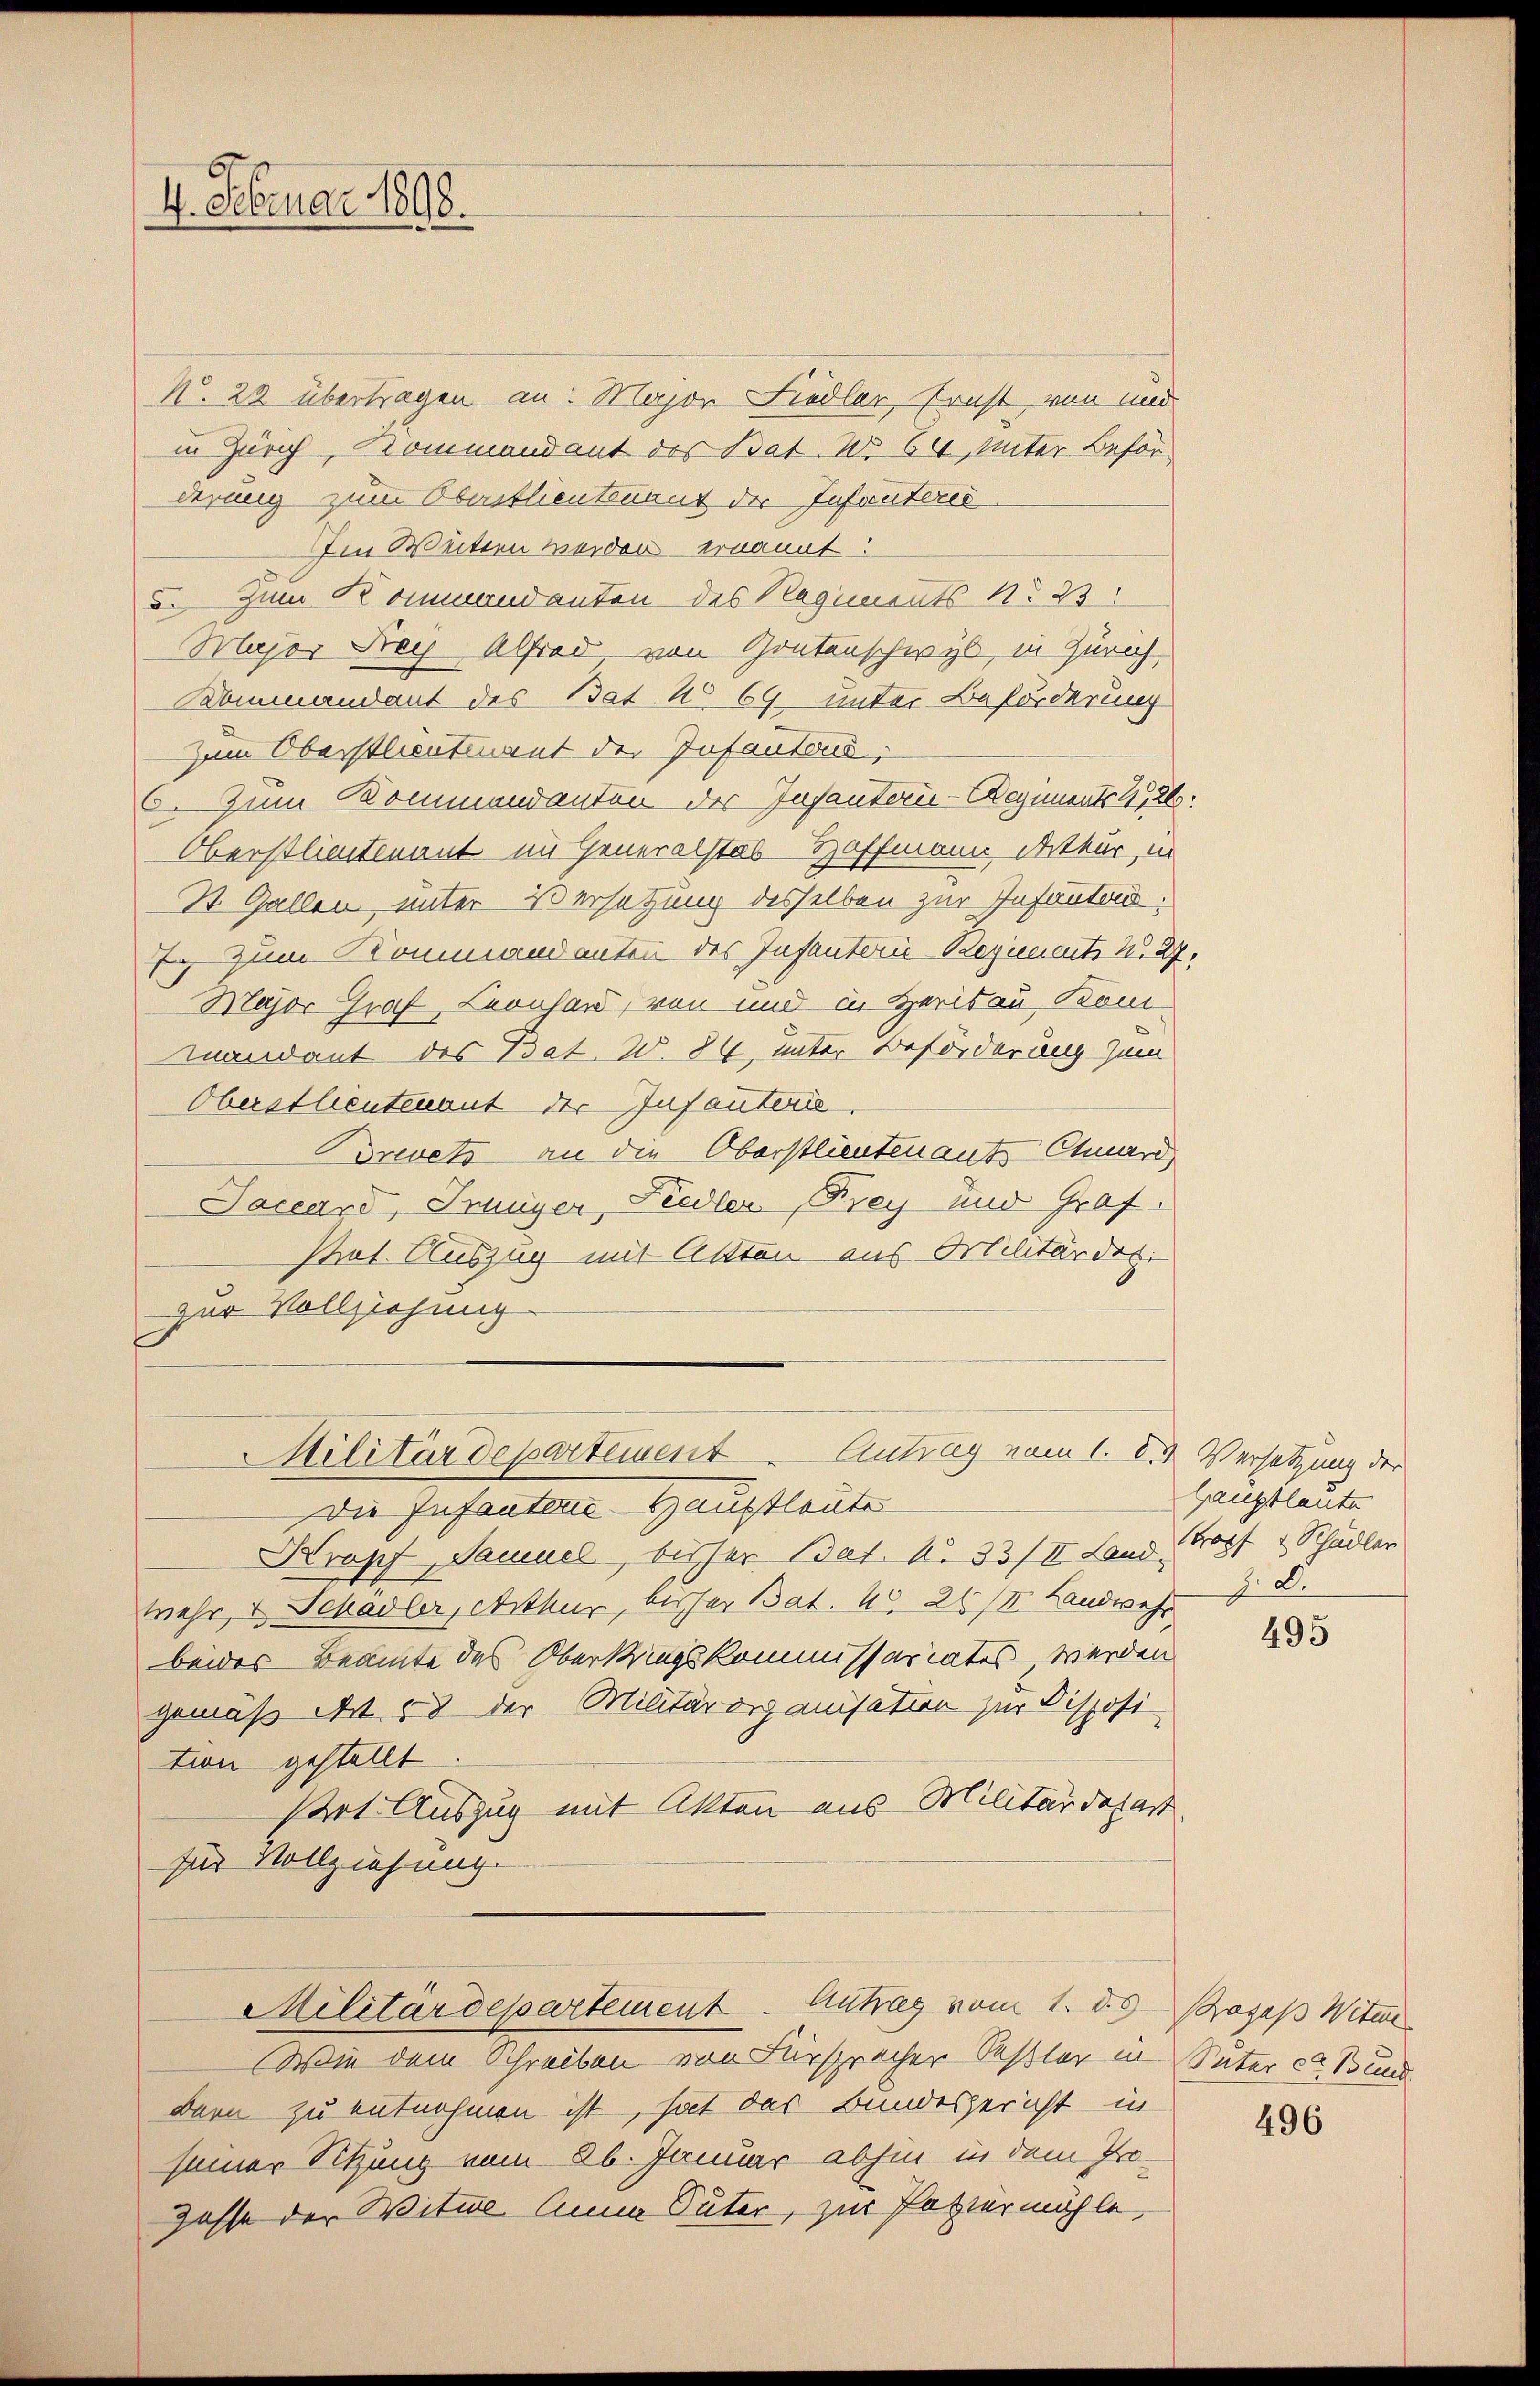
4. Februar 1898.

N. 22 übertragen an: Major Liedler, Ernst von und
in Zürich, Kommandant des Bat. No 64, unter Beförderung zum Oberstlieutnant der Infantend
Im Weitern werden ernannt:
5. Zum Kommandanten des Regiments No 23.
Major Frach Alfred, von Gontenschwyl, in Zürich
Kommandant des Bat. No 69 unter Beförderung
zum Oberstlieutnant der Infantend,
6. Zum Kommandanton der Insantern-Regiments 4,26:
Oberstlieutenant im Generalstab Hoffmann Arthur, in
St. Gallen unter Versetzung desselben zur Infanten:
7 zum Kommandanten des Infanterie-Beziements u. 27.
Major Graf Leonhard, von und in Herisau Boni¬
Mandant des Bat. W. 84, unter Beförderung zum
Oberstlieutenant der Infanteris
Brevets an die Oberstlieutenant Chuard,
Jaceand, Junyer, Fiedler Krey und Graf.
strat. Auszug mit Akten aus Militärder.
zur Vollziehung
Militärdepartement Antrag vom 1. XI. Versetzung der
Die Infanten Hauptleute
Kropf, Samuel, bisher Bat. No 33/II. Land Kopf & Schädler
Mehr, u. Schadler, Arthur, bisher Bat. 20. 261. Landwehr
beides Beamte des Oberkriegskommissariates, werden
gemäß Art. 58 der Militärorganisation zur Disposi
tion gestellt
Ptrt Auszug mit Akten aus Militärdepart
für Vollziehung.
Militärdepartement Antrag vom 1. d. d. Prages Witw
Wie dem Schreiben von Fürsprecher Seßler in Vater der Bund
Bern zu entnehmen ist, hat das Bundesgericht in
seiner Sitzung vom 26. Januar abhin in dem Jo¬
Gasse der Witwe Anna Suter, zur Papiermühle,

Hauptleute
z. B.

495

496